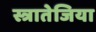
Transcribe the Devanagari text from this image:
स्त्रातेजिया